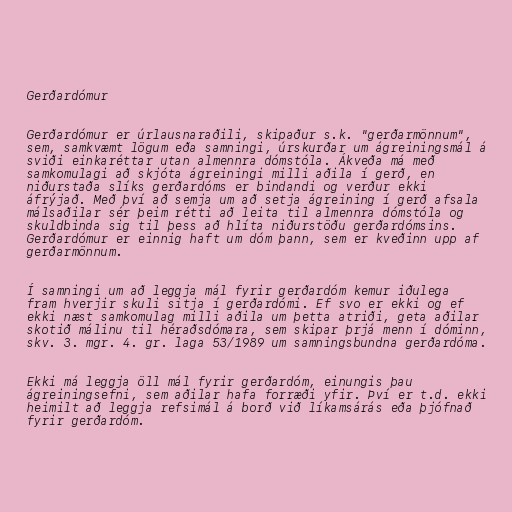
Gerðardómur

Gerðardómur er úrlausnaraðili, skipaður s.k. "gerðarmönnum",
sem, samkvæmt lögum eða samningi, úrskurðar um ágreiningsmál á
sviði einkaréttar utan almennra dómstóla. Ákveða má með
samkomulagi að skjóta ágreiningi milli aðila í gerð, en
niðurstaða slíks gerðardóms er bindandi og verður ekki
áfrýjað. Með því að semja um að setja ágreining í gerð afsala
málsaðilar sér þeim rétti að leita til almennra dómstóla og
skuldbinda sig til þess að hlíta niðurstöðu gerðardómsins.
Gerðardómur er einnig haft um dóm þann, sem er kveðinn upp af
gerðarmönnum.

Í samningi um að leggja mál fyrir gerðardóm kemur iðulega
fram hverjir skuli sitja í gerðardómi. Ef svo er ekki og ef
ekki næst samkomulag milli aðila um þetta atriði, geta aðilar
skotið málinu til héraðsdómara, sem skipar þrjá menn í dóminn,
skv. 3. mgr. 4. gr. laga 53/1989 um samningsbundna gerðardóma.

Ekki má leggja öll mál fyrir gerðardóm, einungis þau
ágreiningsefni, sem aðilar hafa forræði yfir. Því er t.d. ekki
heimilt að leggja refsimál á borð við líkamsárás eða þjófnað
fyrir gerðardóm.